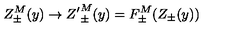
Z _ { \pm } ^ { M } ( y ) \to { Z ^ { \prime } } _ { \pm } ^ { M } ( y ) = F _ { \pm } ^ { M } ( Z _ { \pm } ( y ) )